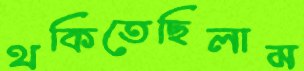
থকিতেছিলাম